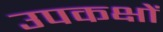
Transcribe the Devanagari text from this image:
उपकक्षों